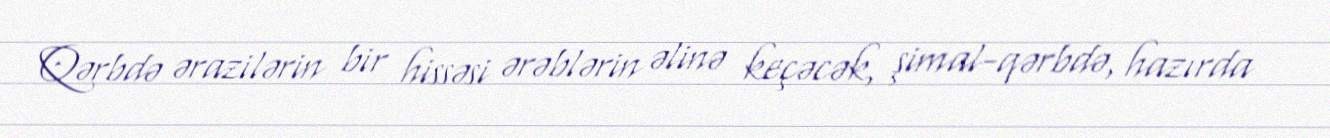
Qərbdə ərazilərin bir hissəsi ərəblərin əlinə keçəcək, şimal-qərbdə, hazırda